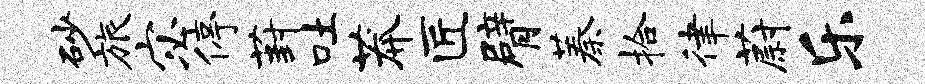
砂旅宓停葑吐莽匠臂蓁拾律蔚乐